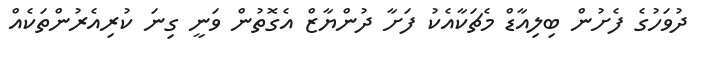
ދުވަހުގެ ފެށުން ބިލިއާޑް މެޗަކާއެކު ފަށާ ދުންޔާޒް އެގޮތުން ވަނީ ގިނަ ކުރިއެރުންތަކެއް